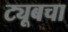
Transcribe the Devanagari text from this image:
ट्यूबचा